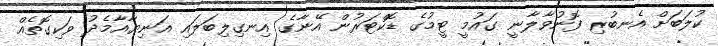
ކުލަބަށް އެނބުރި ފޮނުވާލާނީ ގައުމީ ޓީމުގެ ޑޮކްޓަރުން އޭނާގެ އިނގިލިބަލައި އަނިޔާއާމެދު ވަކިގޮތެއް